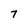
Character: 7